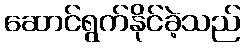
ဆောင်ရွက်နိုင်ခဲ့သည်